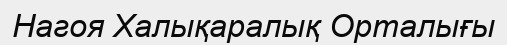
Нагоя Халықаралық Орталығы